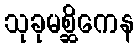
သုခုမစ္ဆိကေန